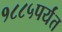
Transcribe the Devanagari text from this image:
१८८५पर्यंत